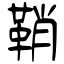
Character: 鞘